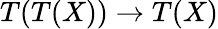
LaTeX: T(T(X))\rightarrow T(X)